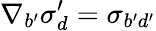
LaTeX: \nabla_{b^{\prime}}\sigma_{d}^{\prime}=\sigma_{b^{\prime}d^{\prime}}